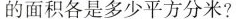
的面积各是多少平方分米?